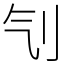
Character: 刏